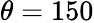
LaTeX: \theta=150